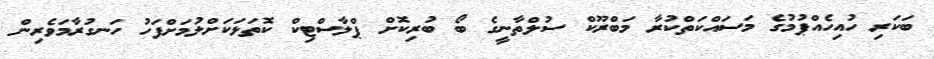
ބަކަރި ހުއިހެއްޕުމުގެ މަސައްކަތްކުރާ މަބްރޫކް ސުލްތާނީގެ ބޯ ބުރިކޮށް ޕްލާސްޓިކް ކޮތަޅަކަށްލުމަށްފަހު ހަނގުރާމަވެރިން